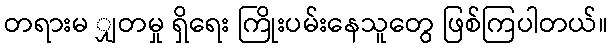
တရားမ ျှတမှု ရှိရေး ကြိုးပမ်းနေသူတွေ ဖြစ်ကြပါတယ်။